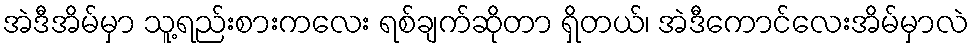
အဲဒီအိမ်မှာ သူ့ရည်းစားကလေး ရစ်ချက်ဆိုတာ ရှိတယ်၊ အဲဒီကောင်လေးအိမ်မှာလဲ